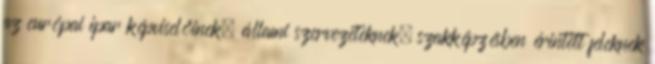
az európai ipar képviselőinek, állami szervezeteknek, szakképzésben érintett feleknek